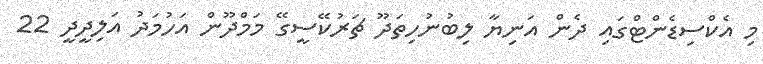
މި އެކްސިޑެންޓްގައި ދެން އަނިޔާ ލިބުނުހިތަދޫ ޗަރުކޭސީގޭ މަމްދޫން އަހުމަދު އަލިދީދީ 22